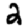
Digit: 2